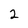
Character: 2